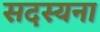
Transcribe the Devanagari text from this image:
सदस्यना